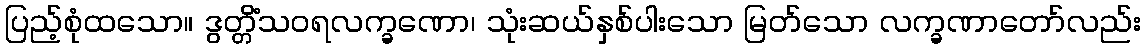
ပြည့်စုံထသော။ ဒွတ္တိံသဝရလက္ခဏော၊ သုံးဆယ်နှစ်ပါးသော မြတ်သော လက္ခဏာတော်လည်း